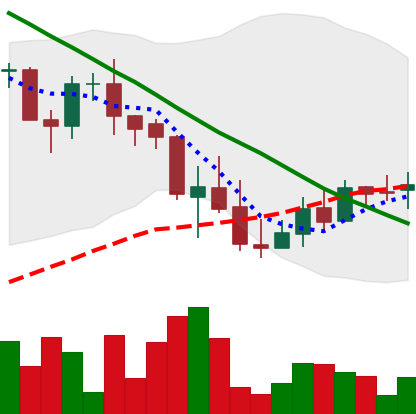
Ticker: LINK-USD
Chart end date: 2018-09-16
Forward return: 29.006%
Label: up_7plus